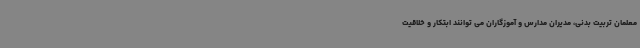
معلمان تربیت بدنی، مدیران مدارس و آموزگاران می توانند ابتکار و خلاقیت